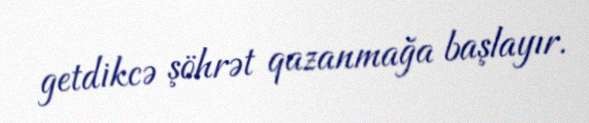
getdikcə şöhrət qazanmağa başlayır.